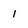
Character: 1